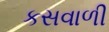
કસવાળી